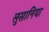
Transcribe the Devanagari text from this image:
लुसानिया